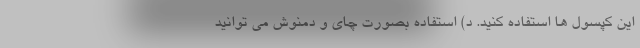
این کپسول ها استفاده کنید. د) استفاده بصورت چای و دمنوش می توانید